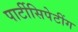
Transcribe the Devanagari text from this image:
पार्टीसिपेटींग